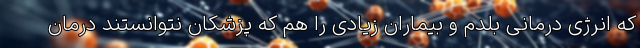
که انرژی درمانی بلدم و بیماران زیادی را هم که پزشکان نتوانستند درمان